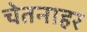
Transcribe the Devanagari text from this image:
चेतनाहर